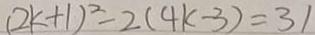
( 2 k + 1 ) ^ { 2 } - 2 ( 4 k - 3 ) = 3 1